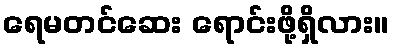
ရေမတင်ဆေး ရောင်းဖို့ရှိလား။